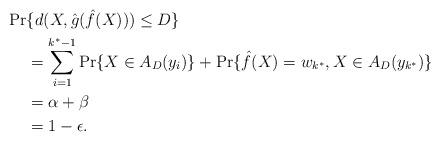
LaTeX: \begin{align*}\Pr & \{ d(X, \hat{g} (\hat{f} (X))) \leq D \} \\&= \sum^{k^{*}-1}_{i=1} \Pr \{ X \in A_{D} (y_i) \} + \Pr \{ \hat{f}(X) = w_{k^*}, X \in A_{D} (y_{k^*}) \} \\&=\alpha + \beta \\&= 1 - \epsilon. \end{align*}